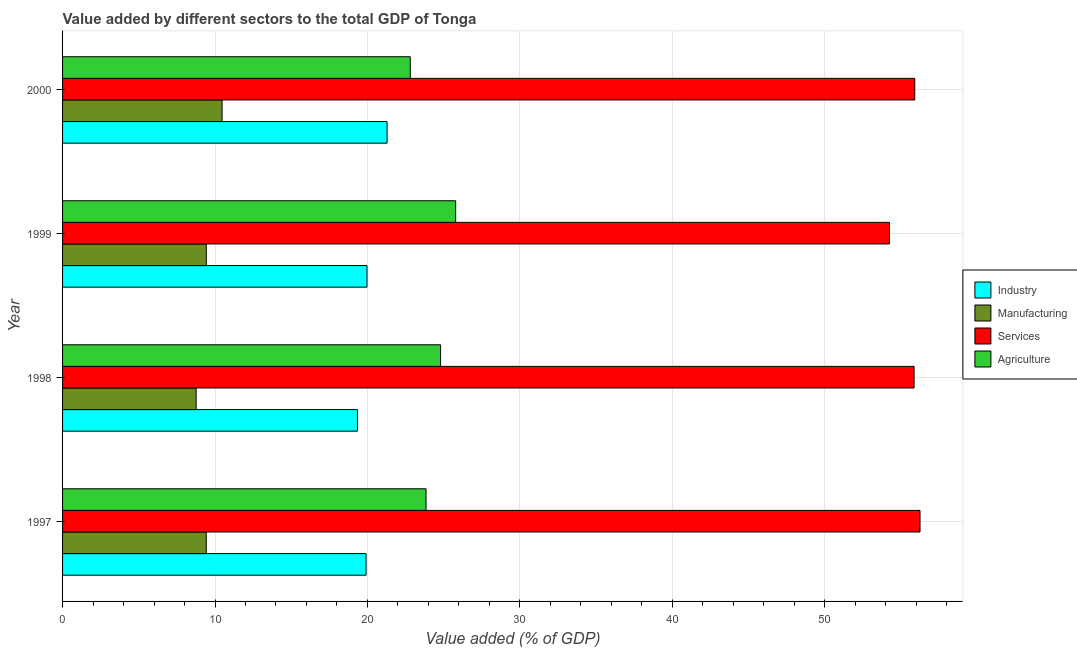
| Year | Industry | Manufacturing | Services | Agriculture |
 | --- | --- | --- | --- | --- |
 | 1997 | 19.9 | 9.43 | 56.2 | 23.8 |
 | 1998 | 19.3 | 8.76 | 55.9 | 24.8 |
 | 1999 | 20 | 9.43 | 54.2 | 25.8 |
 | 2000 | 21.3 | 10.5 | 55.9 | 22.8 |